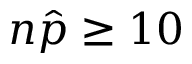
n { \hat { p } } \geq 1 0